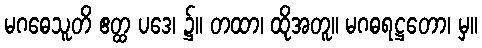
မဂဓေသူတိ ဧတ္ထ ပဒေ၊ ၌။ တထာ၊ ထိုအတူ။ မဂဓရဋ္ဌတော၊ မှ။